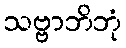
သဗ္ဗာဘိဘုံ